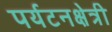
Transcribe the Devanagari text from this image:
पर्यटनक्षेत्री